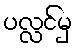
ပလ္လင်မှ